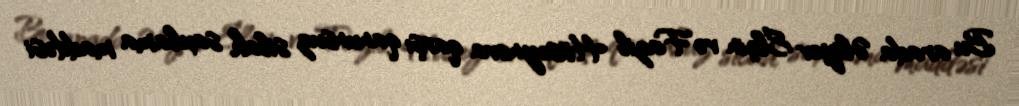
Bu arada Əliyev Elçin və Fazil Hüseynova qarşı qanunsuz silah saxlama maddəsi